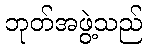
ဘုတ်အဖွဲ့သည်